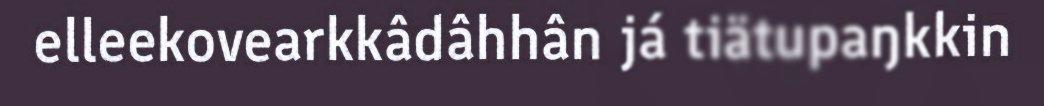
elleekovearkkâdâhhân já tiätupaŋkkin